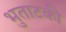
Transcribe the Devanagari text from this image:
भुताटकी